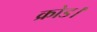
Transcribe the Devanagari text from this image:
क्रोड।